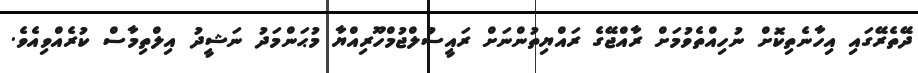
ދޭތެރޭގައި އިހާނެތިކޮށް ނުހިއްތެވުމަށް ރާއްޖޭގެ ރައްޔިތުންނަށް ރައީސުލްޖުމްހޫރިއްޔާ މުޙަންމަދު ނަޝީދު އިލްތިމާސް ކުރެއްވިއެވެ.